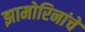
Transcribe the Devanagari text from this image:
झामोरिनांचे